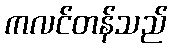
ကလင်တန်သည်